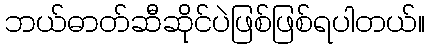
ဘယ်ဓာတ်ဆီဆိုင်ပဲဖြစ်ဖြစ်ရပါတယ်။